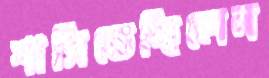
শাসিতেছিলেন